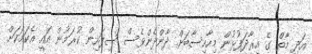
އަދި މާތް ގެ އިރާދަފުޅުން މިހާހިސާބަށް ދާންދެންވެސް ސިފައިން ކުރަމުން އައީ އެކަމަކަށް